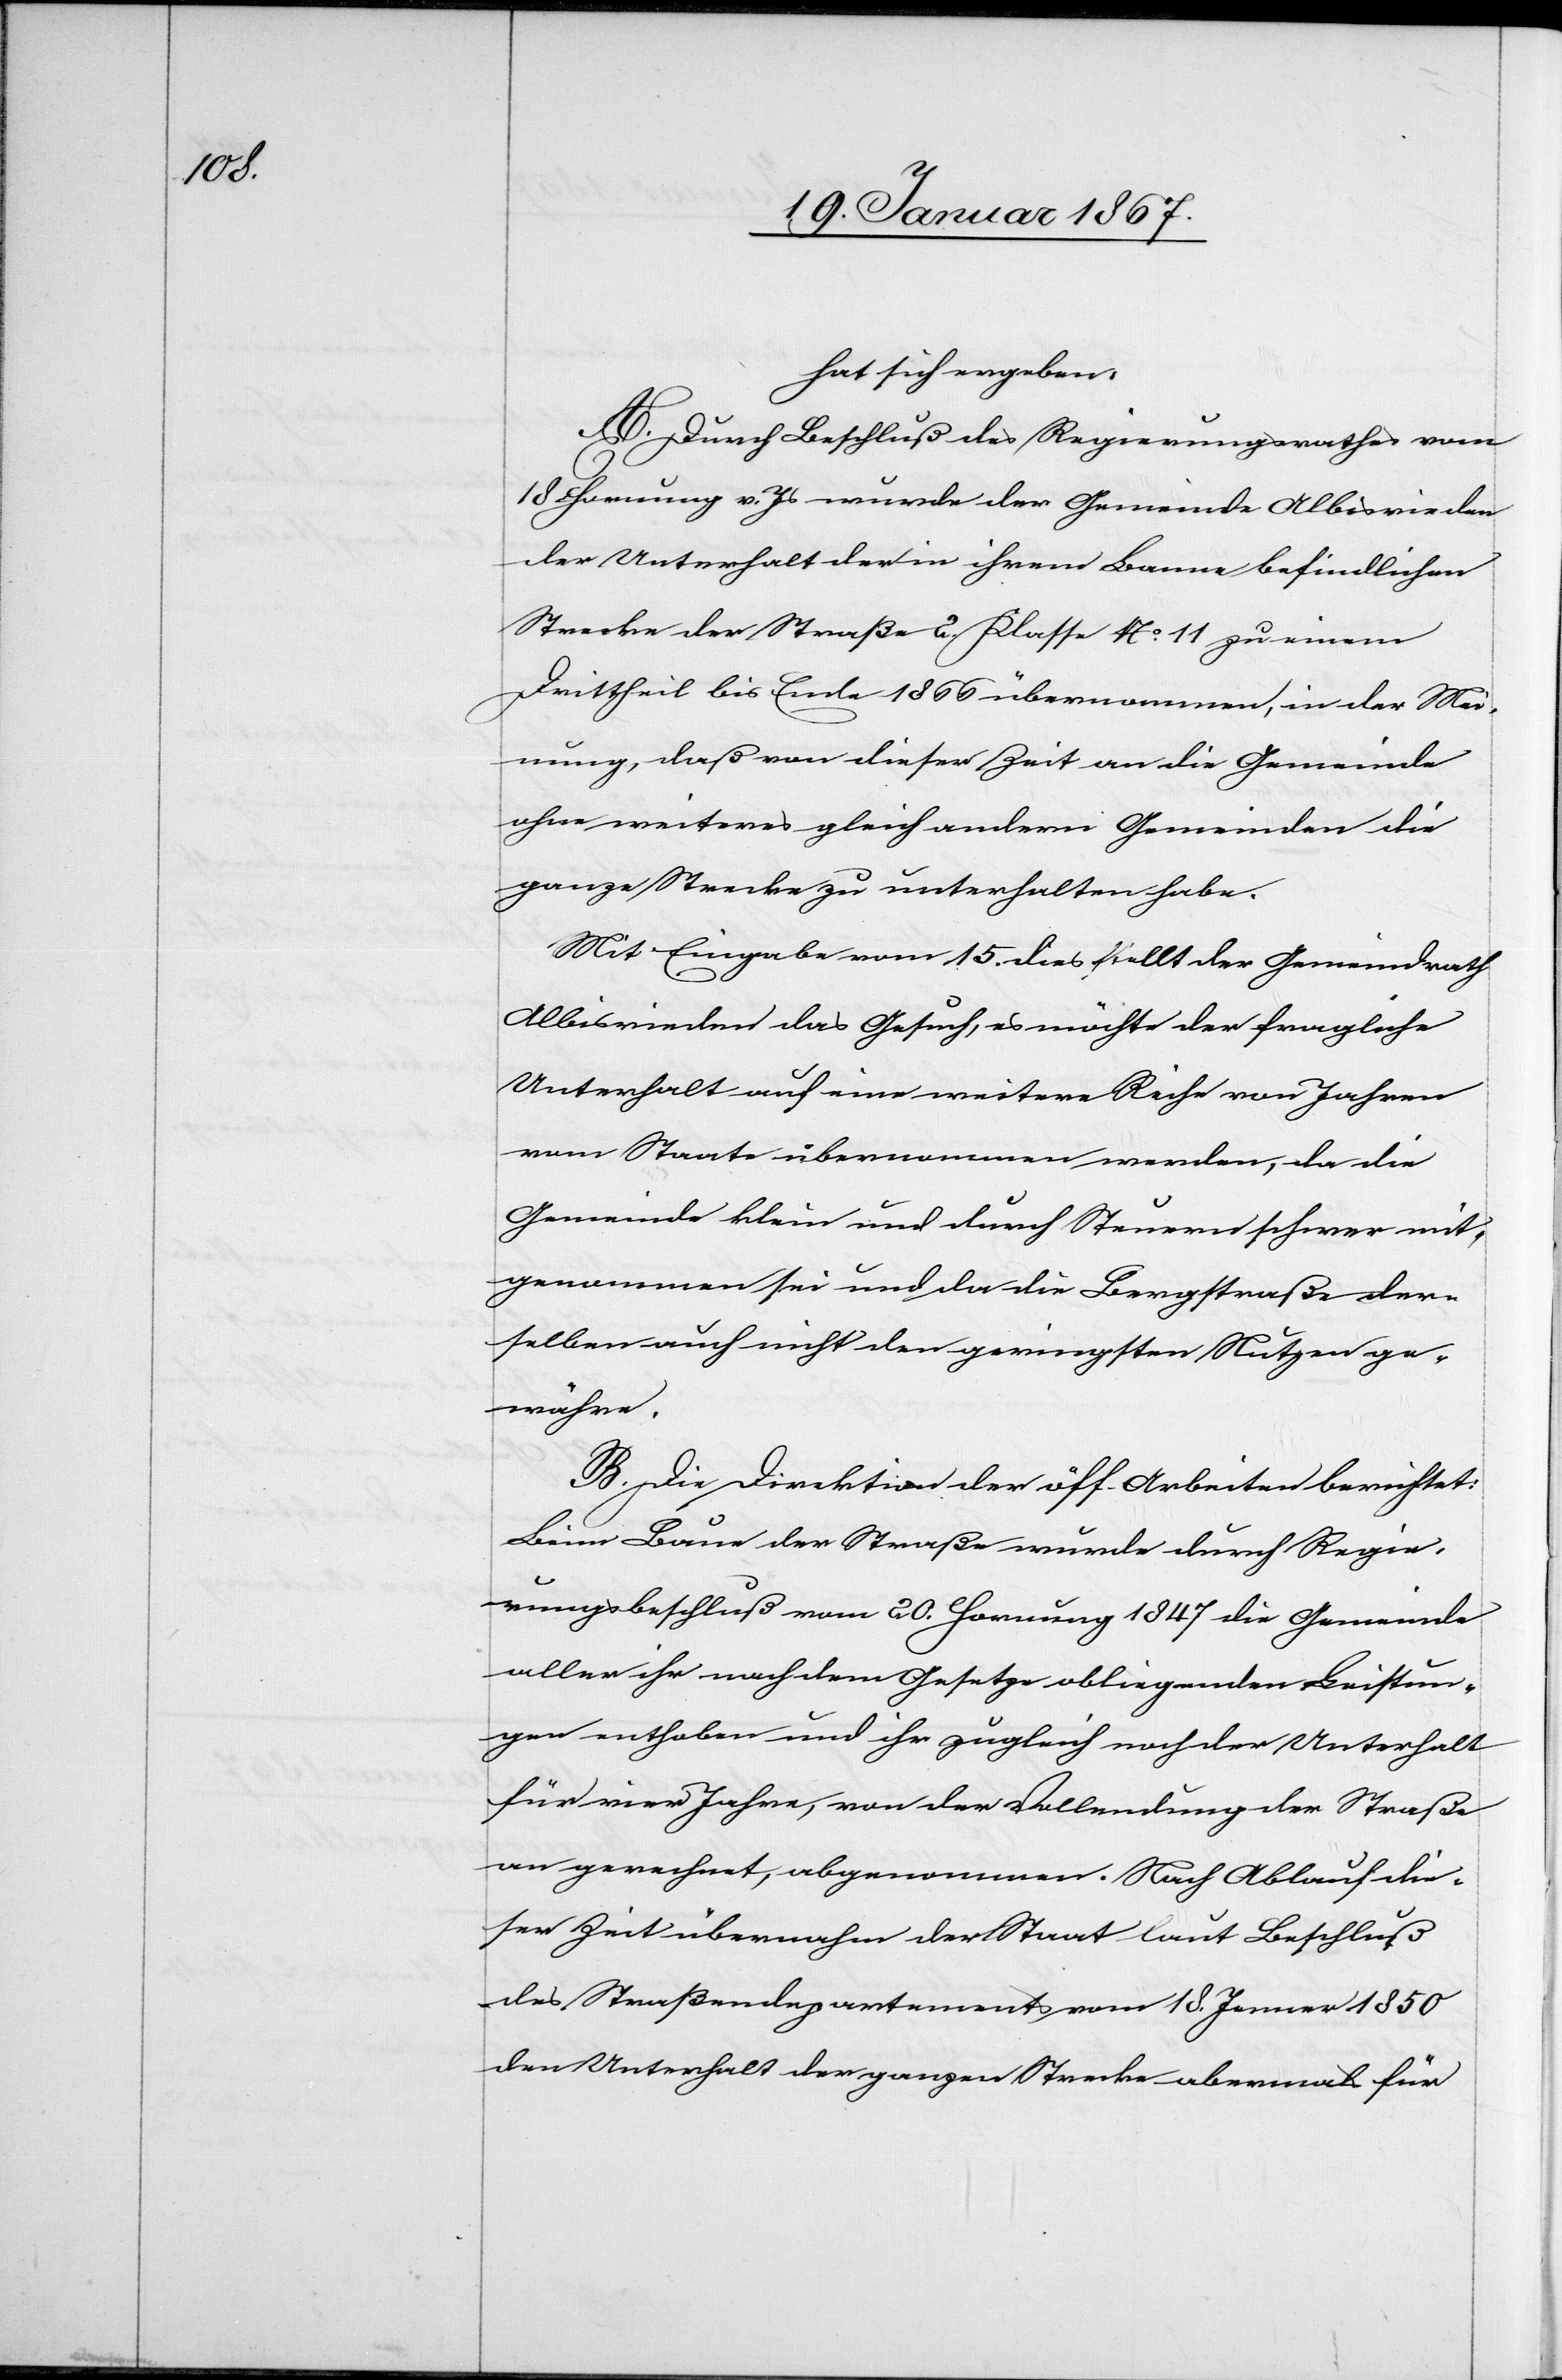
hat sich ergeben:
A. Durch Beschluß des Regierungsrathes vom
18. Hornung v. Js wurde der Gemeinde Albisrieden
der Unterhalt der in ihrem Banne befindlichen
Strecke der Straße 2. Klasse No 11 zu einem
Drittheil bis Ende 1866 übernommen, in der Mei¬
nung, daß von dieser Zeit an die Gemeinde
ohne weiteres gleich andern Gemeinden die
ganze Strecke zu unterhalten habe.
Mit Eingabe vom 15. dies stellt der Gemeindrath
Albisrieden das Gesuch, es möchte der fragliche
Unterhalt auf eine weitere Reihe von Jahren
vom Staate übernommen werden, da die
Gemeinde klein und durch Steuern schwer mit¬
genommen sei und da die Bergstraße der¬
selben auch nicht den geringsten Nutzen ge¬
währe.
B. Die Direktion der öff. Arbeiten berichtet:
Beim Baue der Straße wurde durch Regie¬
rungsbeschluß vom 20. Hornung 1847 die Gemeinde
aller ihr nach dem Gesetze obliegenden Leistun¬
gen enthoben und ihr zugleich noch der Unterhalt
für vier Jahre, von der Vollendung der Straße
an gerechnet, abgenommen. Nach Ablauf die¬
ser Zeit übernahm der Staat laut Beschluß
des Straßendepartements vom 18. Jenner 1850
den Unterhalt der ganzen Strecke abermals für